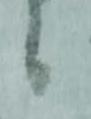
候